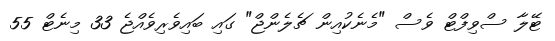
ޓޭލާ ސްވިފްޓް ވެސް "މެނެކުއިން ޗެލެންޖް" ގައި ބައިވެރިވެއްޖެ 33 މިނެޓް 55